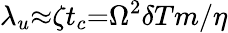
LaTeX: \lambda_{u}{\approx}{\zeta}t_{c}{=}\Omega^{2}{\delta}Tm/\eta